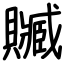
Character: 贓